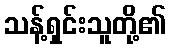
သန့်ရှင်းသူတို့၏